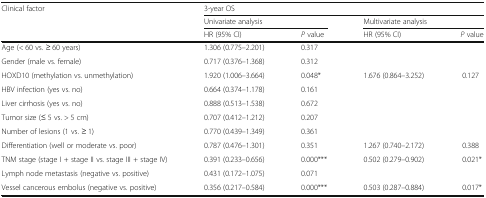
<table><thead><tr><td rowspan="3"><b>Clinical factor</b></td><td colspan="4"><b>3-year OS</b></td></tr><tr><td colspan="2"><b>Univariate analysis</b></td><td colspan="2"><b>Multivariate analysis</b></td></tr><tr><td><b>HR (95% CI)</b></td><td><b><i>P</i> value</b></td><td><b>HR (95% CI)</b></td><td><b><i>P</i> value</b></td></tr></thead><tbody><tr><td>Age (&lt; 60 vs. ≥ 60 years)</td><td>1.306 (0.775–2.201)</td><td>0.317</td><td></td><td></td></tr><tr><td>Gender (male vs. female)</td><td>0.717 (0.376–1.368)</td><td>0.312</td><td></td><td></td></tr><tr><td>HOXD10 (methylation vs. unmethylation)</td><td>1.920 (1.006–3.664)</td><td>0.048*</td><td>1.676 (0.864–3.252)</td><td>0.127</td></tr><tr><td>HBV infection (yes vs. no)</td><td>0.664 (0.374–1.178)</td><td>0.161</td><td></td><td></td></tr><tr><td>Liver cirrhosis (yes vs. no)</td><td>0.888 (0.513–1.538)</td><td>0.672</td><td></td><td></td></tr><tr><td>Tumor size (≤ 5 vs. &gt; 5 cm)</td><td>0.707 (0.412–1.212)</td><td>0.207</td><td></td><td></td></tr><tr><td>Number of lesions (1 vs. ≥ 1)</td><td>0.770 (0.439–1.349)</td><td>0.361</td><td></td><td></td></tr><tr><td>Differentiation (well or moderate vs. poor)</td><td>0.787 (0.476–1.301)</td><td>0.351</td><td>1.267 (0.740–2.172)</td><td>0.388</td></tr><tr><td>TNM stage (stage I + stage II vs. stage III + stage IV)</td><td>0.391 (0.233–0.656)</td><td>0.000***</td><td>0.502 (0.279–0.902)</td><td>0.021*</td></tr><tr><td>Lymph node metastasis (negative vs. positive)</td><td>0.431 (0.172–1.075)</td><td>0.071</td><td></td><td></td></tr><tr><td>Vessel cancerous embolus (negative vs. positive)</td><td>0.356 (0.217–0.584)</td><td>0.000***</td><td>0.503 (0.287–0.884)</td><td>0.017*</td></tr></tbody></table>